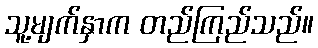
သူ့မျက်နှာက တည်ကြည်သည်။